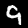
Label: 9